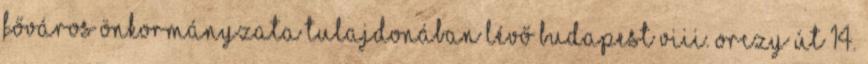
Főváros Önkormányzata tulajdonában lévő Budapest VIII. Orczy út 14.